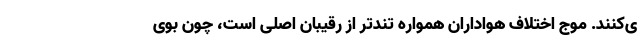
ی‌کنند. موج اختلاف هواداران همواره تندتر از رقیبان اصلی است، چون بوی